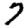
Digit: 7